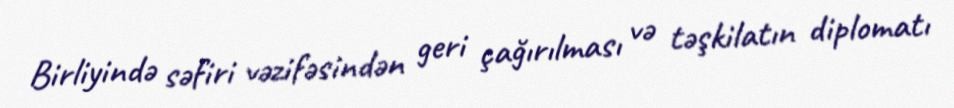
Birliyində səfiri vəzifəsindən geri çağırılması və təşkilatın diplomatı